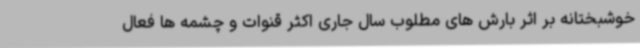
خوشبختانه بر اثر بارش ‌های مطلوب سال جاری اکثر قنوات و چشمه ‌ها فعال